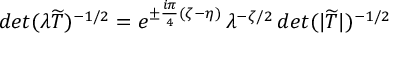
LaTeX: d e t ( \lambda \widetilde { T } ) ^ { - 1 / 2 } = e ^ { \pm \frac { i \pi } { 4 } ( \zeta - \eta ) } \, \lambda ^ { - \zeta / 2 } \, d e t ( | \widetilde { T } | ) ^ { - 1 / 2 }